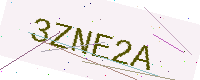
Text: 3ZNE2A